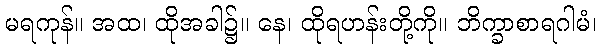
မရကုန်။ အထ၊ ထိုအခါ၌။ နေ၊ ထိုရဟန်းတို့ကို။ ဘိက္ခာစာရဂါမံ၊